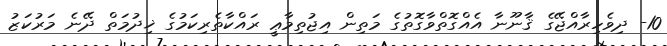
10- ދިވެހިރާއްޖޭގެ ޤާނޫނާ އެއްގޮތްވާގޮތުގެ މަތިން އިޖުތިމާޢީ ރައްކާތެރިކަމުގެ ޚިދުމަތް ދޭނެ މަރުކަޒު